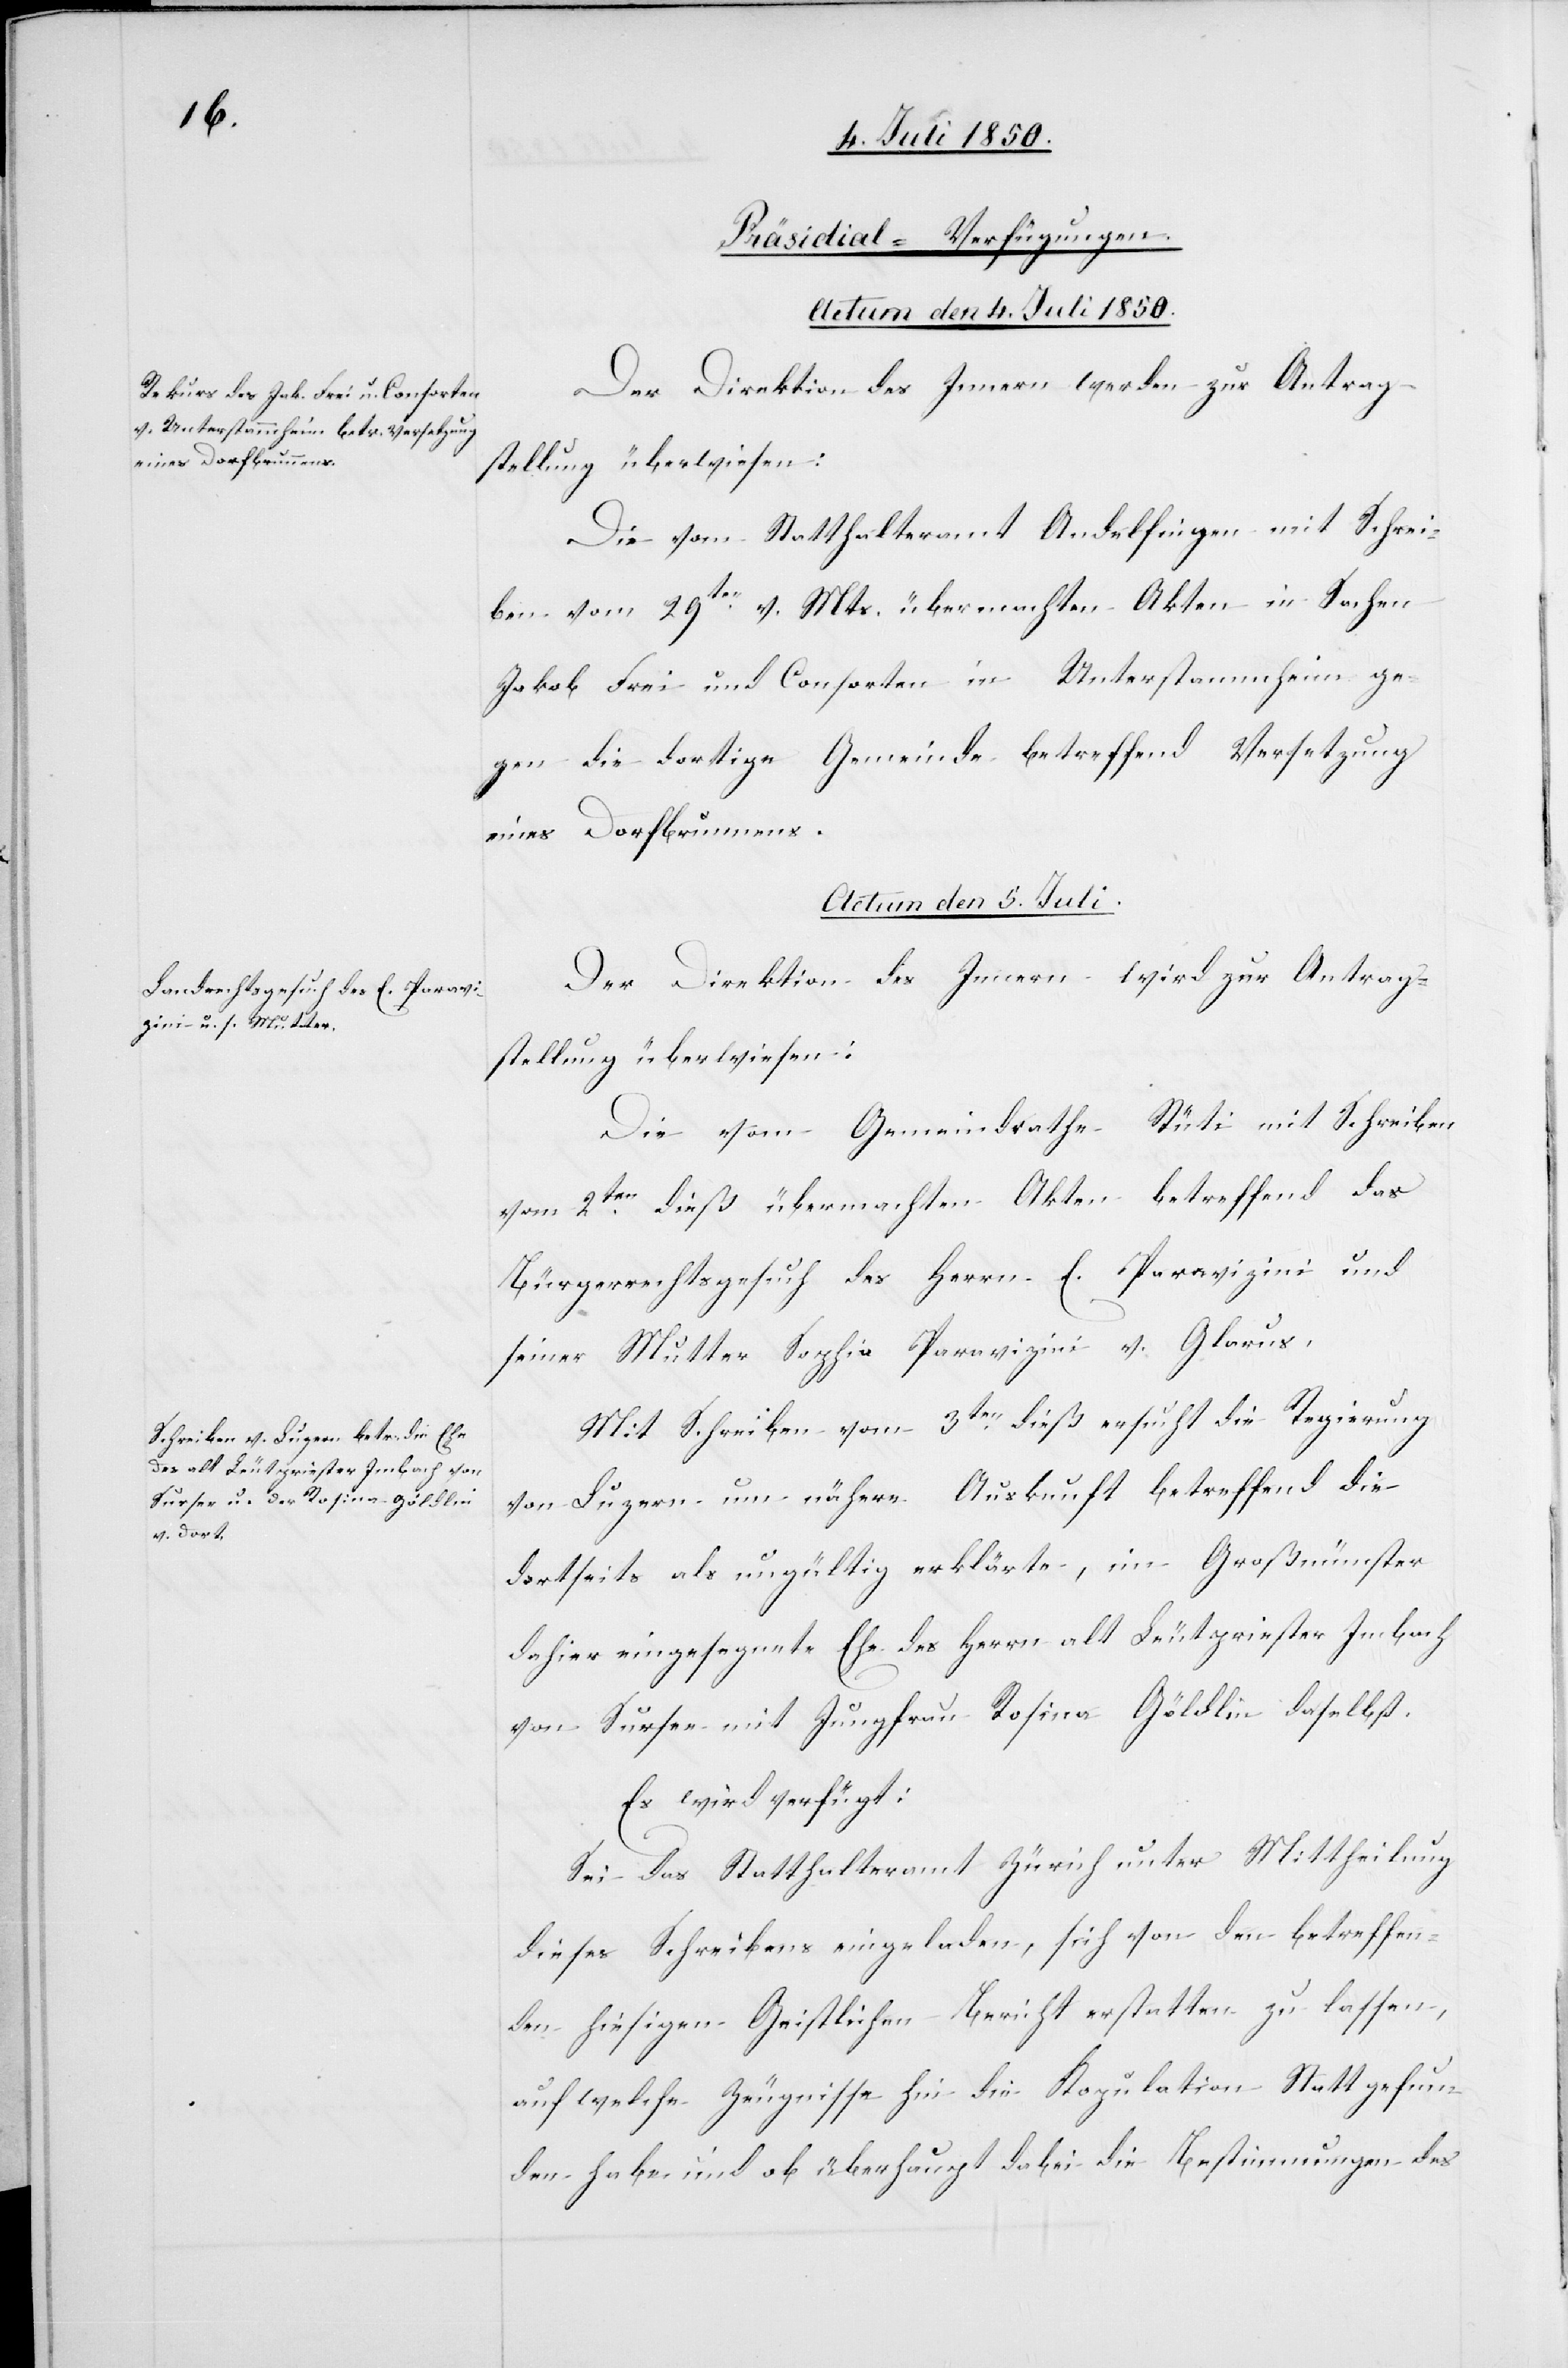
eines Dorfbrunnens.

[Präsidial-Verfügungen.
Actum den 4. Juli 1850.
Der Direktion des Innern werden zur Antrag¬
stellung überwiesen:
Die vom Statthalteramt Andelfingen mit Schrei¬
ben vom 29ten v. Mts. übermachten Akten in Sachen
Jakob Frei und Consorten in Unterstammheim ge¬
gen die dortige Gemeinde betreffend Versetzung
Actum den 5. Juli.]
Der Direktion des Innern wird zur Antrag¬
stellung überwiesen:
Die vom Gemeindrathe Rüti mit Schreiben
vom 2ten dieß übermachten Akten betreffend das
Bürgerrechtsgesuch des Herrn E. Paravizini und
seiner Mutter Sophia Paravizini v. Glarus.
Mit Schreiben vom 3ten dieß ersucht die Regierung
von Luzern um nähere Auskunft betreffend die
dortseits als ungültig erklärte, im Großmünster
dahier eingesegnete Ehe des Herrn alt Leutpriester Imbach
von Sursee mit Jungfrau Rosina Göldlin daselbst.
Es wird verfügt:
Sei das Statthalteramt Zürich unter Mittheilung
dieses Schreibens eingeladen, sich von den betreffen¬
den hiesigen Geistlichen Bericht erstatten zu lassen,
auf welche Zeugnisse hin die Kopulation Statt gefun¬
den habe und ob überhaupt dabei die Bestimmungen des